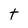
Character: t